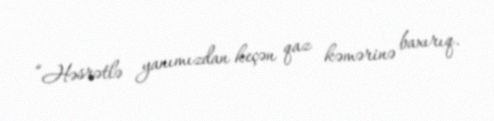
“Həsrətlə yanımızdan keçən qaz kəmərinə baxırıq.